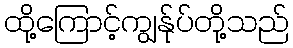
ထို့ကြောင့်ကျွန်ုပ်တို့သည်